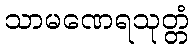
သာမဏေရသုတ္တံ